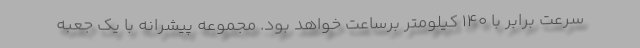
سرعت برابر با 140 کیلومتر برساعت خواهد بود. مجموعه پیشرانه با یک جعبه